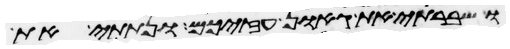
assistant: ושברתי את גאון עזכם ונתתי את